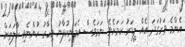
އެންމެ ވަރުގަދަ އެއް ލީޑަރު ކަމަށެވެ. ނަމަވެސް އެމަނިކުފާނު މިހާރު ހުންނެވި ހާލަތަށް